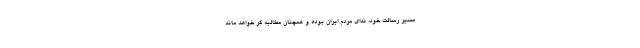
مسیر رسالت خود، ندای مردم ایران بوده و همچنان مطالبه گر خواهد ماند